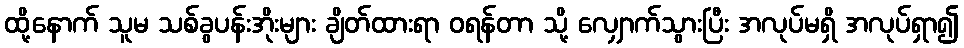
ထို့နောက် သူမ သစ်ခွပန်းအိုးများ ချိတ်ထားရာ ဝရန်တာ သို့ လျှောက်သွားပြီး အလုပ်မရှိ အလုပ်ရှာ၍